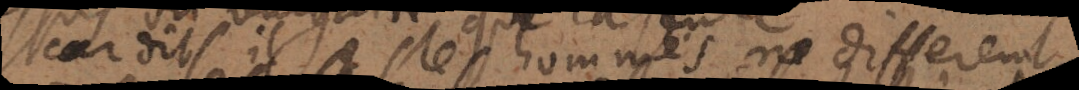
car dit-il les hommes ne different